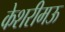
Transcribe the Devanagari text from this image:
केशरीमऊ